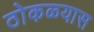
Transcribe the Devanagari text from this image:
ठोकळ्यास